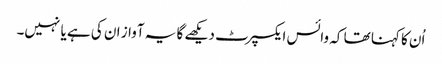
اُن کا کہنا تھا کہ وائس ایکسپرٹ دیکھے گا یہ آواز ان کی ہے یا نہیں۔